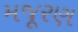
મજૂરણ